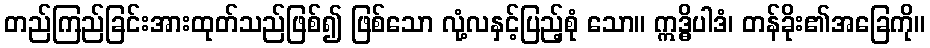
တည်ကြည်ခြင်းအားထုတ်သည်ဖြစ်၍ ဖြစ်သော လုံ့လနှင့်ပြည့်စုံ သော။ ဣဒ္ဓိပါဒံ၊ တန်ခိုး၏အခြေကို။